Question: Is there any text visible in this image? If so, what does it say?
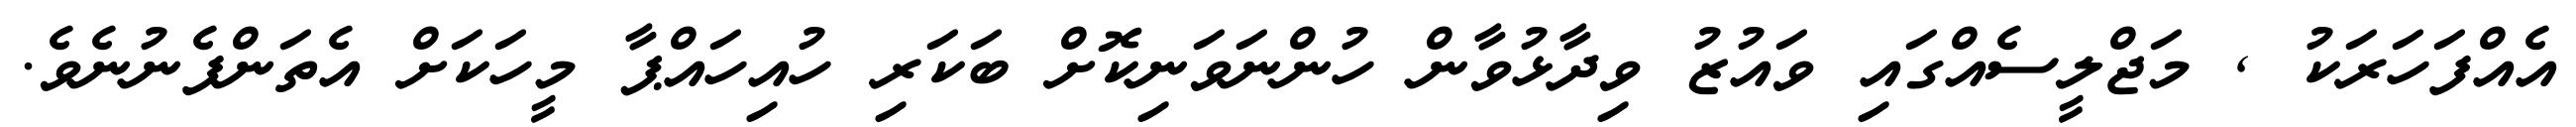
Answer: އެއްފަހަރަކު , މަޖްލީސެއްގައި ވައުޒު ވިދާޅުވާން ހުންނަވަނިކޮށް ބަކަރި ހުއިހައްޕާ މީހަކަށް އެތަންފެނުނެވެ.